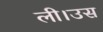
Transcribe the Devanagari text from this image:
ली।उस